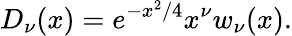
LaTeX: D_{\nu}(x)=e^{-x^{2}/4}x^{\nu}w_{\nu}(x).